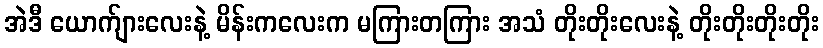
အဲဒီ ယောက်ျားလေးနဲ့ မိန်းကလေးက မကြားတကြား အသံ တိုးတိုးလေးနဲ့ တိုးတိုးတိုးတိုး